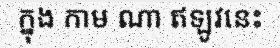
ក្នុង កាម ណា ឥឡូវនេះ